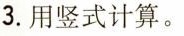
3.用竖式计算。